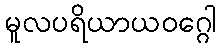
မူလပရိယာယဝဂ္ဂေါ